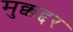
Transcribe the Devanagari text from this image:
मुक्कद्दर